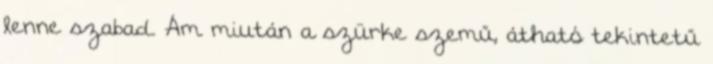
lenne szabad. Ám miután a szürke szemű, átható tekintetű